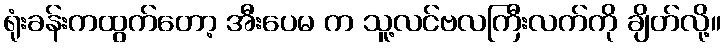
ရုံးခန်းကထွက်တော့ အီးပေမ က သူ့လင်ဗလကြီးလက်ကို ချိတ်လို့။